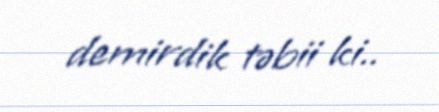
demirdik təbii ki..